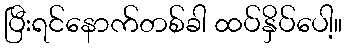
ပြီးရင်နောက်တစ်ခါ ထပ်နှိပ်ပေါ့။